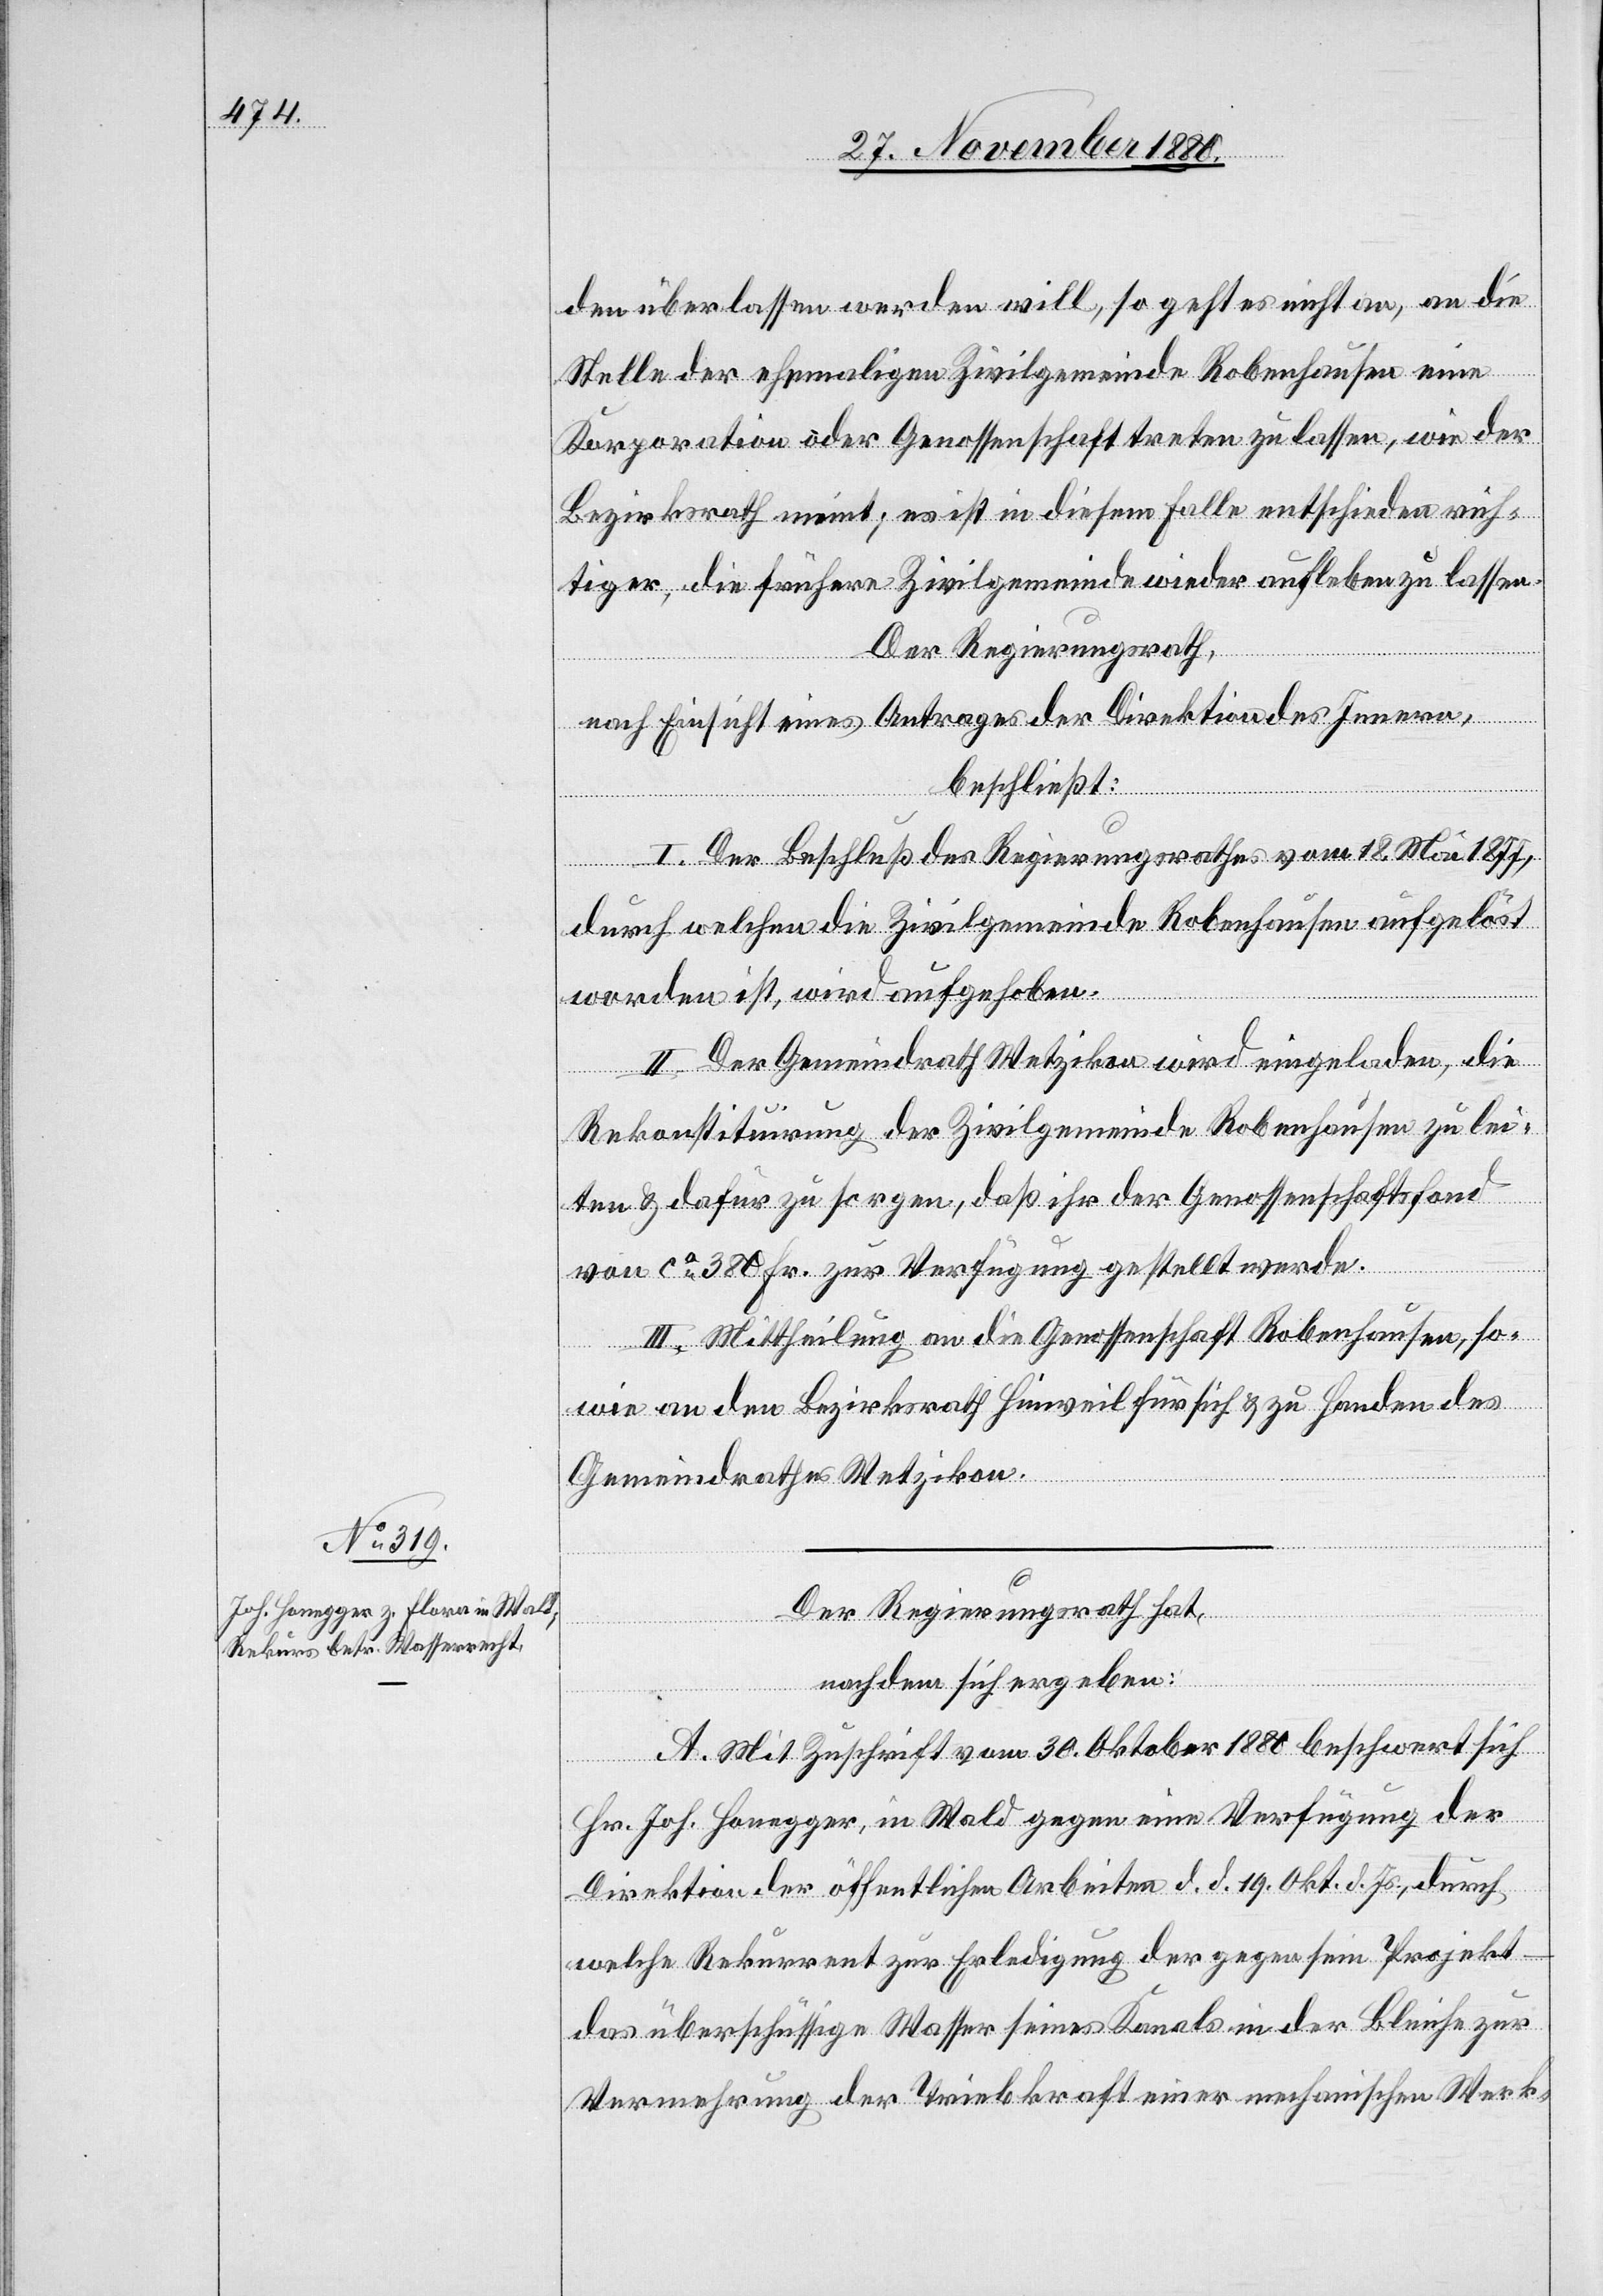
den überlassen werden will, so geht es nicht an, an die
Stelle der ehemaligen Zivilgemeinde Robenhausen eine
Korporation oder Genossenschaft treten zu lassen, wie der
Bezirksrath meint; es ist in diesem Falle entschieden rich¬
tiger, die frühere Zivilgemeinde wieder aufleben zu lassen.
Der Regierungsrath,
nach Einsicht eines Antrages der Direktion des Innern,
beschließt:
I. Der Beschluß des Regierungsrathes vom 18. Mai 1877,
durch welchen die Zivilgemeinde Robenhausen aufgelöst
worden ist, wird aufgehoben.
II. Der Gemeindrath Wetzikon wird eingeladen, die
Rekonstituirung der Zivilgemeinde Robenhausen zu lei¬
ten & dafür zu sorgen, daß ihr der Genossenschaftsfond
von ca 380 Fr. zur Verfügung gestellt werde.
III. Mittheilung an die Genossenschaft Robenhausen, so¬
wie an den Bezirksrath Hinweil für sich & zu Handen des
Gemeindrathes Wetzikon.
Der Regierungsrath hat,
nachdem sich ergeben:
A. Mit Zuschrift vom 30. Oktober 1880 beschwert sich
Hr. Joh. Honegger, in Wald gegen eine Verfügung der
Direktion der öffentlichen Arbeiten d. d. 19. Okt. d. Js., durch
welche Rekurrent zur Erledigung der gegen sein Projekt
das überflüssige Wasser seines Kanals in der Bleiche zur
Vermehrung der Triebkraft einer mechanischen Werk-